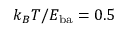
k _ { B } T / E _ { \mathrm { b a } } = 0 . 5